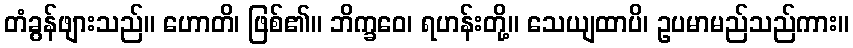
တံခွန်ဖျားသည်။ ဟောတိ၊ ဖြစ်၏။ ဘိက္ခဝေ၊ ရဟန်းတို့။ သေယျထာပိ၊ ဥပမာမည်သည်ကား။